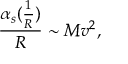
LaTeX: \frac { \alpha _ { s } ( \frac { 1 } { R } ) } { R } \sim M v ^ { 2 } ,